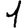
Digit: 1